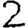
Digit: 2